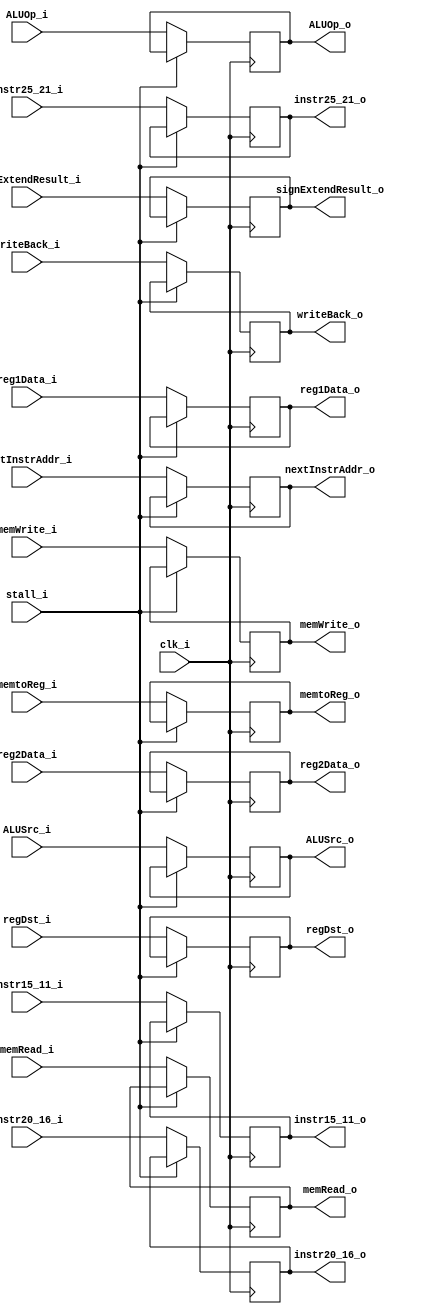
module IDEX_Reg 
(
	clk_i,
	writeBack_i,
	memtoReg_i,
	memRead_i,
	memWrite_i,
	ALUSrc_i,
	ALUOp_i,
	regDst_i,
	nextInstrAddr_i,
	reg1Data_i,
	reg2Data_i,
	signExtendResult_i,
	instr25_21_i,
	instr20_16_i,
	instr15_11_i,
	stall_i,

	writeBack_o,
	memtoReg_o,
	memRead_o,
	memWrite_o,
	ALUSrc_o,
	ALUOp_o,
	regDst_o,
	nextInstrAddr_o,
	reg1Data_o,
	reg2Data_o,
	signExtendResult_o,
	instr25_21_o,
	instr20_16_o,
	instr15_11_o

);

// Ports
input			clk_i;
input			writeBack_i;
input			memtoReg_i;
input			memRead_i;
input			memWrite_i;
input			ALUSrc_i;
input	[1:0]	ALUOp_i;
input			regDst_i;
input	[31:0]	nextInstrAddr_i;
input	[31:0]	reg1Data_i;
input	[31:0]	reg2Data_i;
input	[31:0]	signExtendResult_i;
input	[4:0]	instr25_21_i;
input	[4:0]	instr20_16_i;
input	[4:0]	instr15_11_i;
input			stall_i;

output			writeBack_o;
output			memtoReg_o;
output			memRead_o;
output			memWrite_o;
output			ALUSrc_o;
output	[1:0]	ALUOp_o;
output			regDst_o;
output	[31:0]	nextInstrAddr_o;
output	[31:0]	reg1Data_o;
output	[31:0]	reg2Data_o;
output	[31:0]	signExtendResult_o;
output	[4:0]	instr25_21_o;
output	[4:0]	instr20_16_o;
output	[4:0]	instr15_11_o;

// Register File

reg			writeBack;
reg			memtoReg;
reg			memRead;
reg			memWrite;
reg			ALUSrc;
reg	[1:0]	ALUOp;
reg			regDst;
reg	[31:0]	nextInstrAddr;
reg	[31:0]	reg1Data;
reg	[31:0]	reg2Data;
reg	[31:0]	signExtendResult;
reg	[4:0]	instr25_21;
reg	[4:0]	instr20_16;
reg	[4:0]	instr15_11;

// Read Data	  

assign writeBack_o = writeBack;
assign memtoReg_o = memtoReg;
assign memRead_o = memRead;
assign memWrite_o = memWrite;
assign ALUSrc_o = ALUSrc;
assign ALUOp_o = ALUOp;
assign regDst_o = regDst;
assign nextInstrAddr_o = nextInstrAddr;
assign reg1Data_o = reg1Data;
assign reg2Data_o = reg2Data;
assign signExtendResult_o = signExtendResult;
assign instr25_21_o = instr25_21;
assign instr20_16_o = instr20_16;
assign instr15_11_o = instr15_11;

// Write Data   
always@(posedge clk_i) begin
	if(stall_i) begin
		
	end
	else begin
		writeBack <= writeBack_i;
		memtoReg <= memtoReg_i;
		memRead <= memRead_i;
		memWrite <= memWrite_i;
		ALUSrc <= ALUSrc_i;
		ALUOp <= ALUOp_i;
		regDst <= regDst_i;
		nextInstrAddr <= nextInstrAddr_i;
		reg1Data <= reg1Data_i;
		reg2Data <= reg2Data_i;
		signExtendResult <= signExtendResult_i;
		instr25_21 <= instr25_21_i;
		instr20_16 <= instr20_16_i;
		instr15_11 <= instr15_11_i;	
	end
	
end
   
endmodule